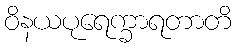
ဝိနယပုရေက္ခာရတာတိ